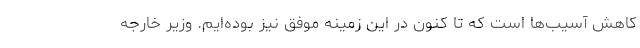
کاهش آسیب‌ها است که تا کنون در این زمینه موفق نیز بوده‌ایم. وزیر خارجه